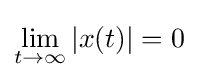
\lim _{t\rightarrow \infty }|x(t)|=0